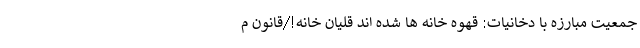
جمعیت مبارزه با دخانیات: قهوه خانه ها شده اند قلیان خانه!/قانون م